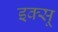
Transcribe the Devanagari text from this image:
इक्सू